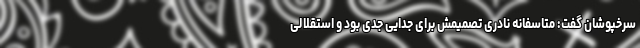
سرخپوشان گفت: متاسفانه نادری تصمیمش برای جدایی جدی بود و استقلالی